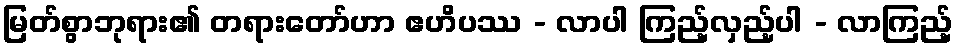
မြတ်စွာဘုရား၏ တရားတော်ဟာ ဧဟိပဿ - လာပါ ကြည့်လှည့်ပါ - လာကြည့်